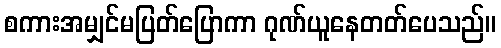
စကားအမျှင်မပြတ်ပြောကာ ဂုဏ်ယူနေတတ်ပေသည်။